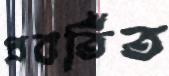
প্রবর্তিত